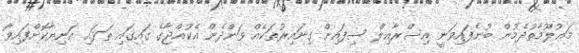
މަޢުލޫމާތުދެމުން ބުނެފައިވަނީ އިސްރާއިލް ސިފައިން ގިނައިރުތަކެއް ވަންދެން އެކުއްޖާގެ ގައިގައި ތަޅައި އަނިޔާކޮށްފައިވާ